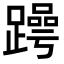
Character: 𬧒